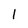
Character: 1